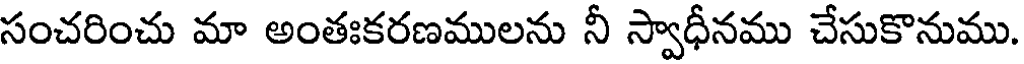
సంచరించు మా అంతఃకరణములను నీ స్వాధీనము చేసుకొనుము.